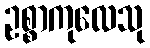
ဥစ္စာကုလေသု